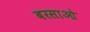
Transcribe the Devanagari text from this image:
बरसाओ